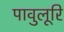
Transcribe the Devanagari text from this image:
पावुलूरि